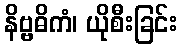
နိဗ္ဗဓိကံ၊ ယိုစီးခြင်း